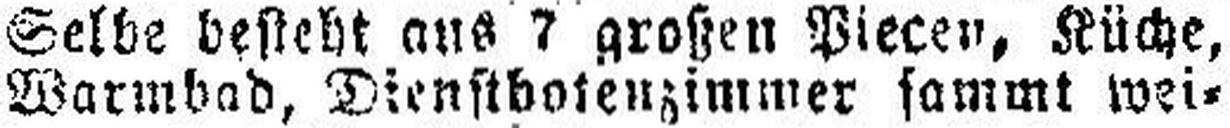
Warmbad, Dienstbotenzimmer sammt wei¬